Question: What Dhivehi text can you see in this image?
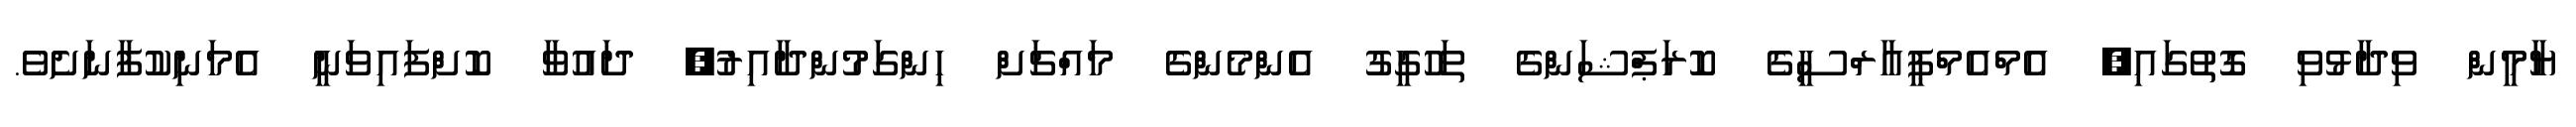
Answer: ޔާމީން ވިދާޅުވި ގޮތުގައި, އެމްއެމްޕީއާރްސީގެ ކޮރަޕްޝަންގެ ތަހުގީގު އެންމެންގެ މައްޗަށް ހިންގަމުންދާއިރު, ދައުވާ ކޮށްފައިވަނީ އެމަނިކުފާނަށެވެ.